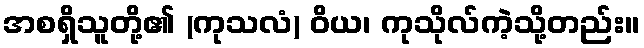
အစရှိသူတို့၏ (ကုသလံ) ဝိယ၊ ကုသိုလ်ကဲ့သို့တည်း။